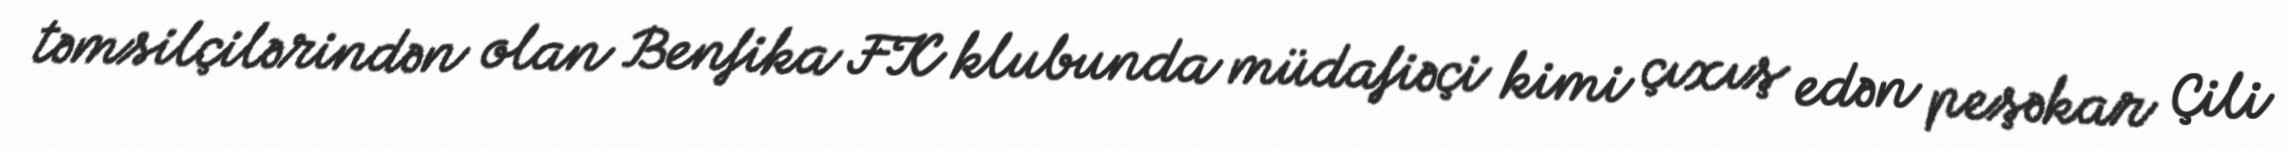
təmsilçilərindən olan Benfika FK klubunda müdafiəçi kimi çıxış edən peşəkar Çili